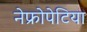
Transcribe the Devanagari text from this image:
नेफ्रोपेटिया